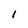
Character: l